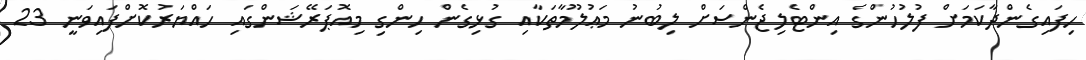
ހިފައިގެންދާކަމަށް ފުލުހުންގެ އިންޓެލިޖެންސަށް ލިބުނު މަޢުލޫމާތަކާއި ގުޅިގެން ހިންގި މިއޮޕަރޭޝަންގައި ހައްޔަރުކޮށްފައިވަނީ 23